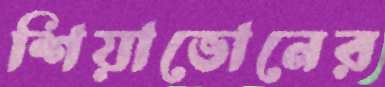
শিয়াভোনের